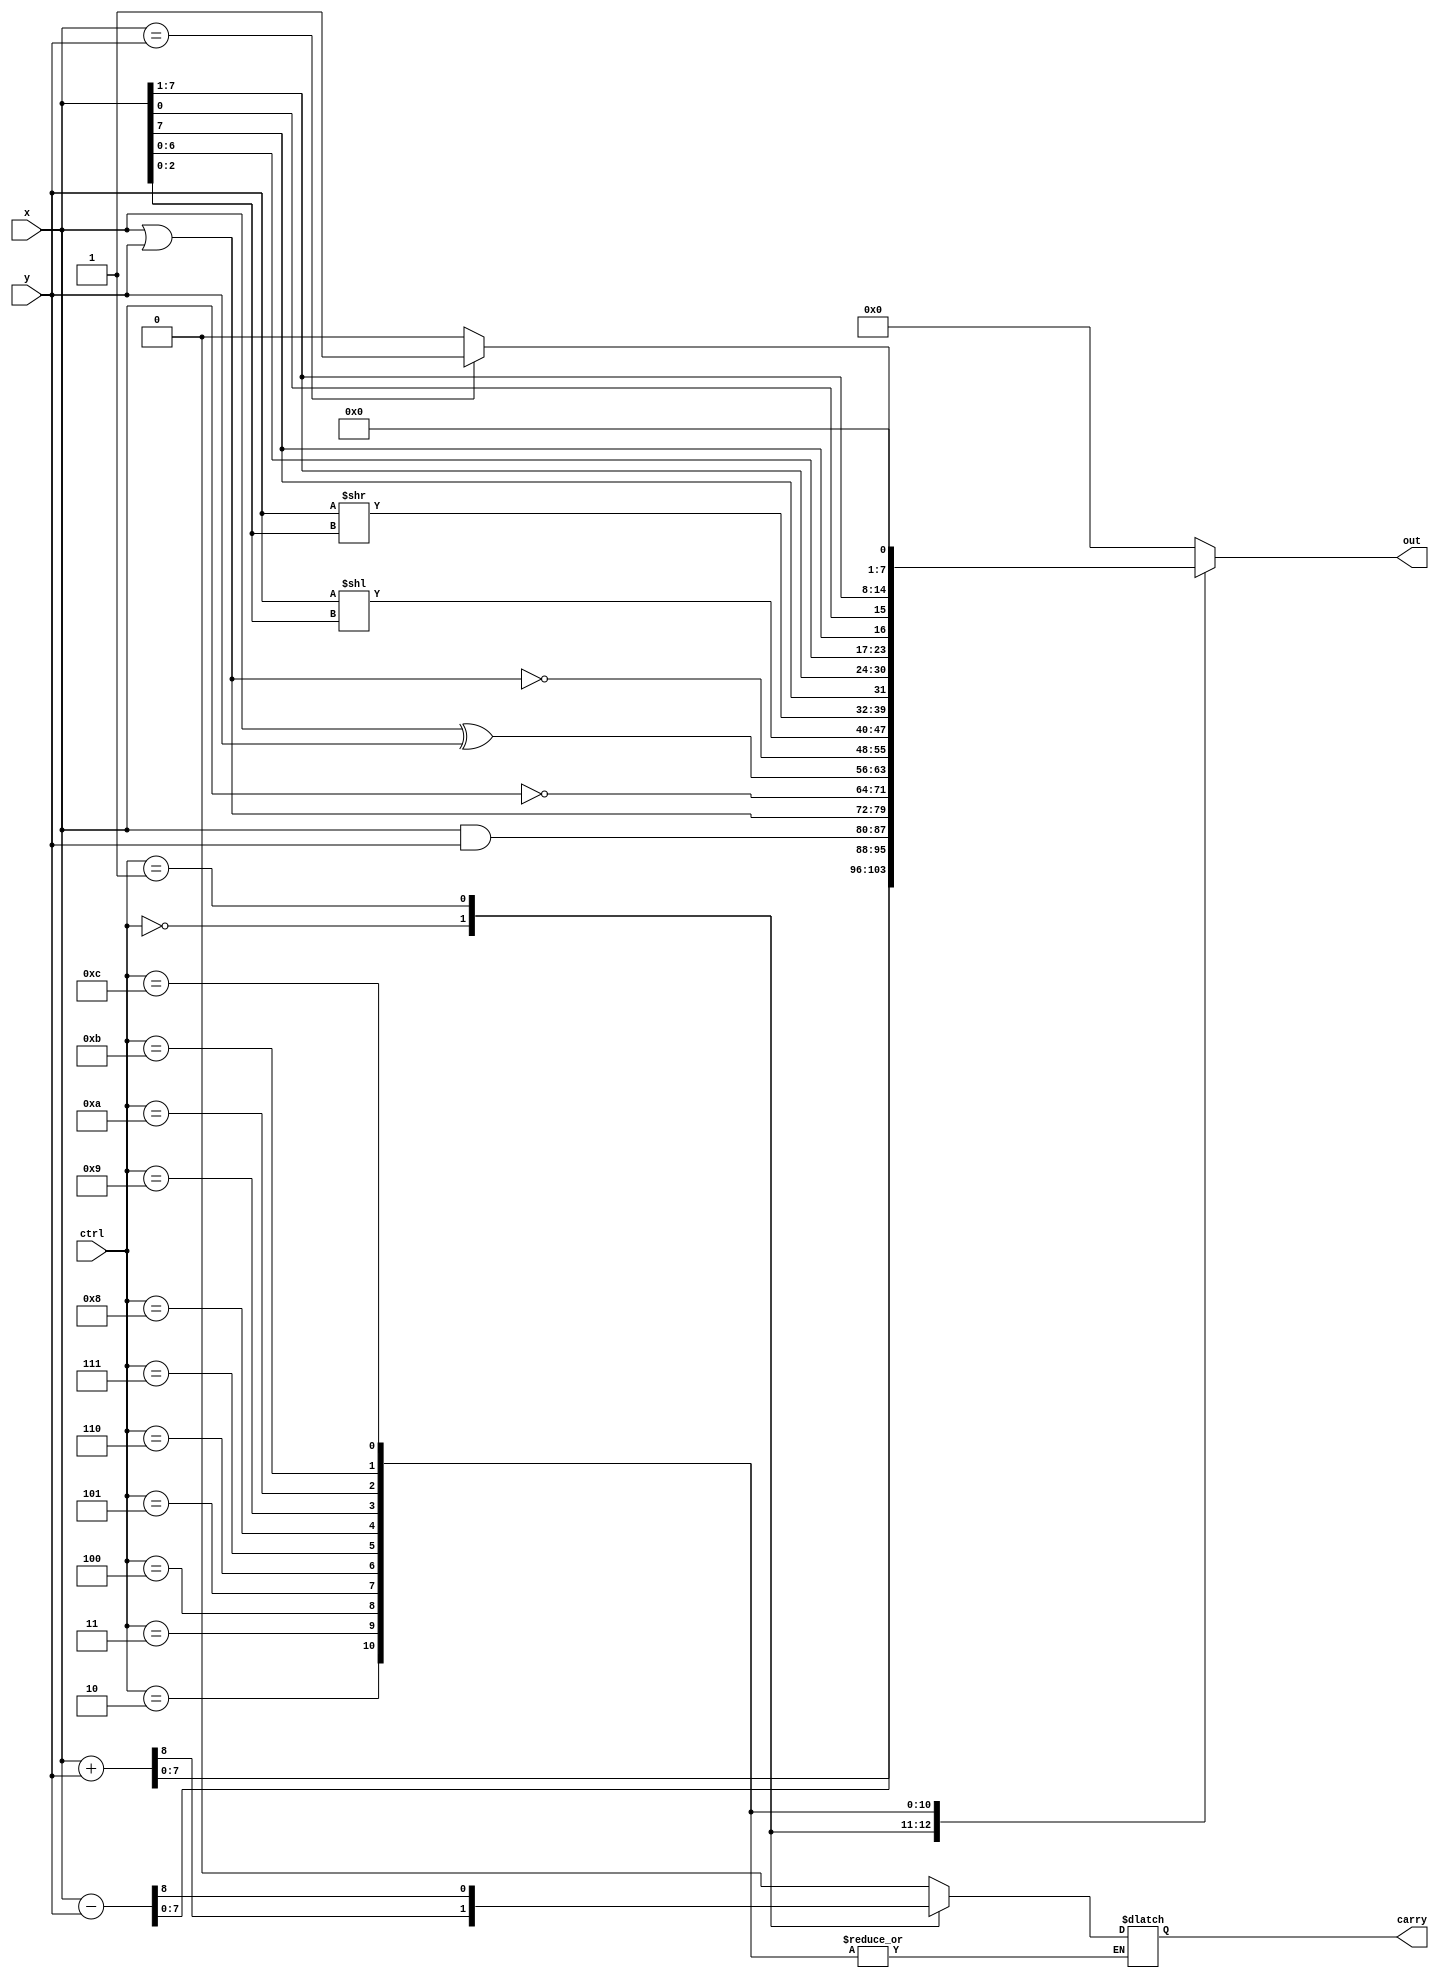
//Behavior Vlevel (event-driven) 
module alu(
    ctrl,
    x,
    y,
    carry,
    out 
);
    
    input  [3:0] ctrl;
    input  [7:0] x;
    input  [7:0] y;
    output       carry;
    output [7:0] out;
    reg [7:0] alu_result;
    reg alu_carry;
    assign out=alu_result;
    assign carry=alu_carry;
    always @(x or y or ctrl) begin
    case (ctrl)
      4'b0000:
      {alu_carry,alu_result}=x+y;
      4'b0001:
      {alu_carry,alu_result}=x-y;
      4'b0010:
      alu_result=x&y;
      4'b0011:
      alu_result=x|y;
      4'b0100:
      alu_result=~x;
      4'b0101:
      alu_result=x^y;
      4'b0110:
      alu_result=~(x|y);
      4'b0111:
      alu_result=y<<x[2:0];
      4'b1000:
      alu_result=y>>x[2:0];
      4'b1001:
      alu_result={x[7],x[7:1]};
      4'b1010:
      alu_result={x[6:0],x[7]};
      4'b1011:
      alu_result={x[0],x[7:1]};
      4'b1100:
      alu_result= (x==y)?1:0;
      default: {alu_carry,alu_result}=0; 
    endcase
      
    end

endmodule